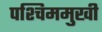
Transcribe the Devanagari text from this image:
पश्चिममुखी